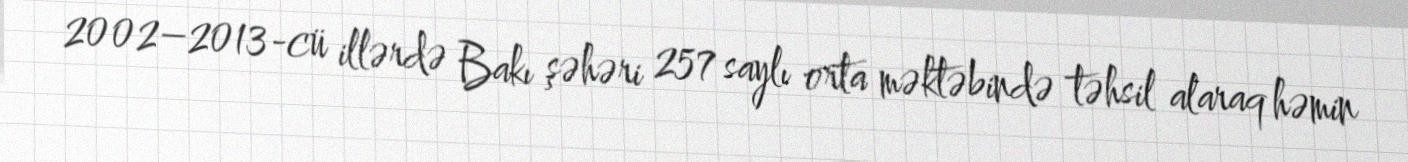
2002–2013-cü illərdə Bakı şəhəri 257 saylı orta məktəbində təhsil alaraq həmin